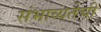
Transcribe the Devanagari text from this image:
संभाव्यतेची